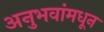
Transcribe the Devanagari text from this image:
अनुभवांमधून